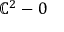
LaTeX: \mathbb { C } ^ { 2 } - 0